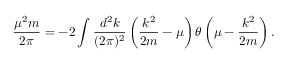
\frac { \mu ^ { 2 } m } { 2 \pi } = - 2 \int \frac { d ^ { 2 } k } { ( 2 \pi ) ^ { 2 } } \left( \frac { k ^ { 2 } } { 2 m } - \mu \right) \theta \left( \mu - \frac { k ^ { 2 } } { 2 m } \right) .